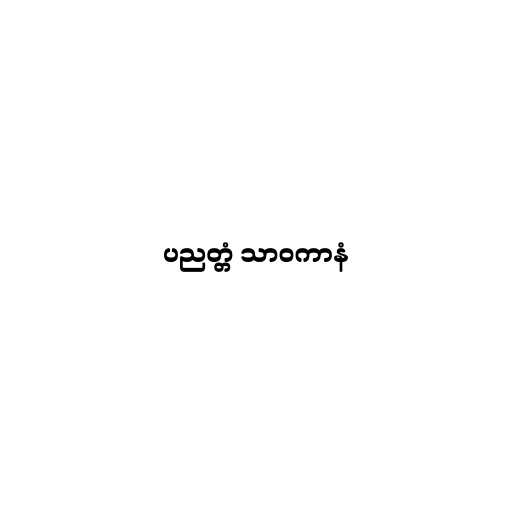
ပညတ္တံ သာဝကာနံ